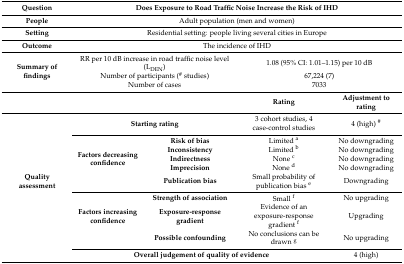
| Question | <COLSPAN=4> Does Exposure to Road Traffic Noise Increase the Risk of IHD |
 | --- | --- | --- | --- | --- |
 | People | <COLSPAN=4> Adult population (men and women) |
 | Setting | <COLSPAN=4> Residential setting: people living several cities in Europe |
 | Outcome | <COLSPAN=4> The incidence of IHD |
 | <ROWSPAN=3> Summary of findings | <COLSPAN=2> RR per 10 dB increase in road traffic noise level (LDEN) | <COLSPAN=2> 1.08 (95% CI: 1.01–1.15) per 10 dB |
 | <COLSPAN=2> Number of participants (# studies) | <COLSPAN=2> 67,224 (7) |
 | <COLSPAN=2> Number of cases | <COLSPAN=2> 7033 |
 | <COLSPAN=3>  | Rating | Adjustment to rating |
 | <ROWSPAN=10> Quality assessment | <COLSPAN=2> Starting rating | 3 cohort studies, 4 case-control studies | 4 (high) # |
 | <ROWSPAN=5> Factors decreasing confidence | Risk of bias | Limited a | No downgrading |
 | Inconsistency | Limited b | No downgrading |
 | Indirectness | None c | No downgrading |
 | Imprecision | None d | No downgrading |
 | Publication bias | Small probability of publication bias e | Downgrading |
 | <ROWSPAN=3> Factors increasing confidence | Strength of association | Small f | No upgrading |
 | Exposure-response gradient | Evidence of an exposure-response gradient f | Upgrading |
 | Possible confounding | No conclusions can be drawn g | No upgrading |
 | <COLSPAN=3> Overall judgement of quality of evidence | 4 (high) |